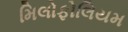
મિલોફોલિયમ